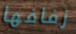
زفافها